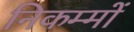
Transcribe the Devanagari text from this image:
निकम्मों